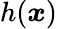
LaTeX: h(\boldsymbol x)